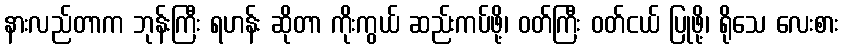
နားလည်တာက ဘုန်းကြီး ရဟန်း ဆိုတာ ကိုးကွယ် ဆည်းကပ်ဖို့၊ ဝတ်ကြီး ဝတ်ငယ် ပြုဖို့၊ ရိုသေ လေးစား